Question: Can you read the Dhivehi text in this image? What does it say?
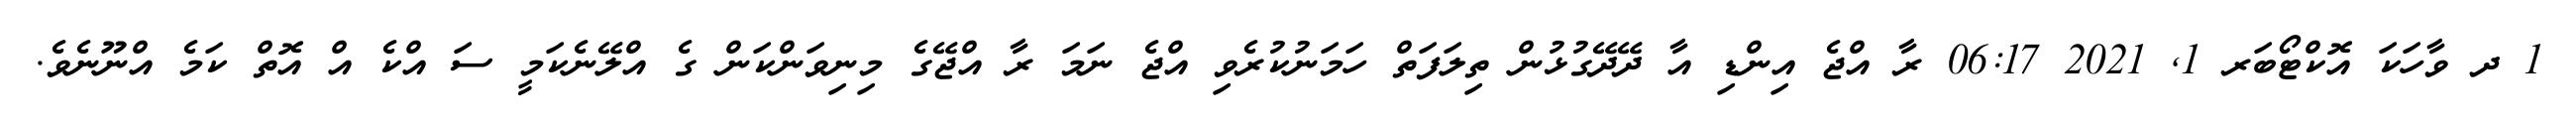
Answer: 1 ދ ވާހަކަ އޮކްޓޯބަރ 1, 2021 06:17 ރާ އްޖެ އިންޑި އާ ދޭދޭގުޅުން ތިލަފަތް ހަމަނުކުރެވި އްޖެ ނަމަ ރާ އްޖޭގެ މިނިވަންކަން ގެ އްލޭނެކަމީ ސަ އްކެ އް އޮތް ކަމެ އްނޫނެވެ.